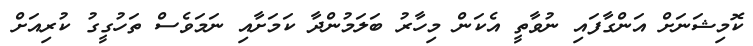
ކޮމިޝަނަށް އަންގާފައި ނުވާތީ އެކަން މިހާރު ބަލަމުންދާ ކަމަށާއި ނަމަވެސް ތަހުގީގު ކުރިއަށް